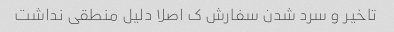
تاخیر و سرد شدن سفارش ک اصلا دلیل منطقی نداشت